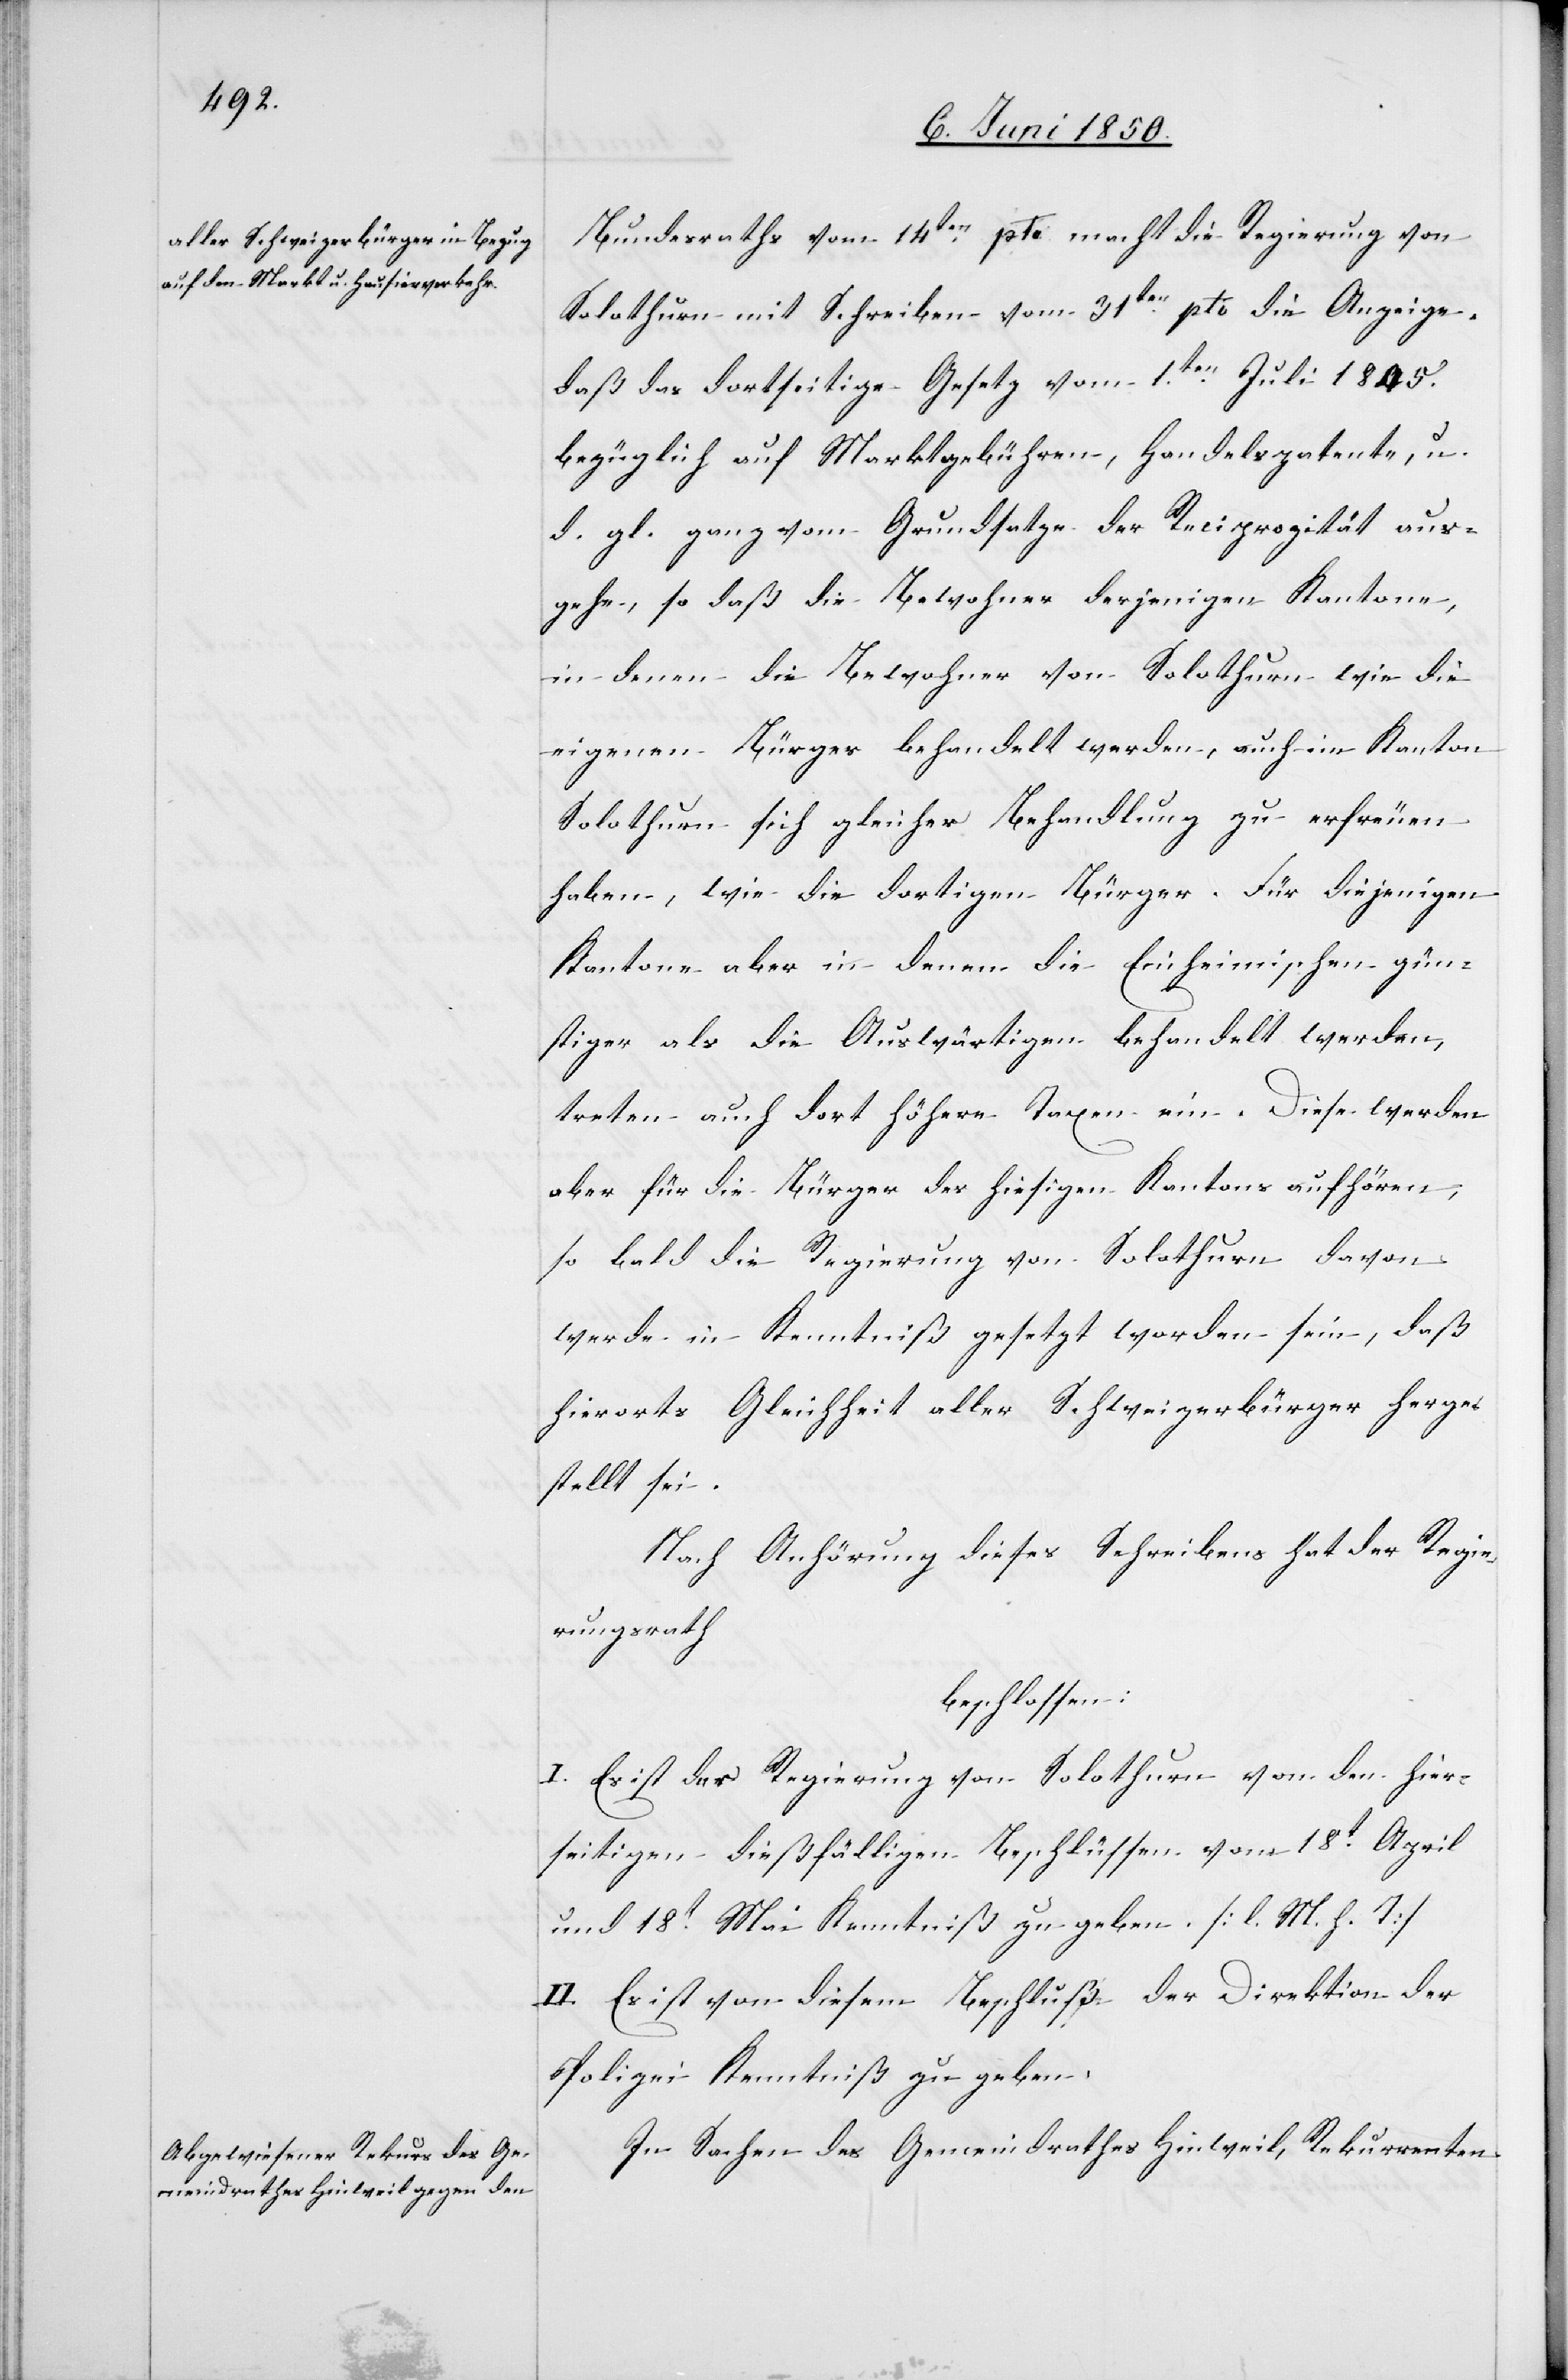
Bundesraths vom 14ten pto macht die Regierung von
Solothurn mit Schreiben vom 31ten pto die Anzeige,
daß das dortseitige Gesetz vom 1ten Juli 1845.
bezüglich auf Marktgebühren, Handelspatente, u.
d. gl. ganz vom Grundsatze der Reciprozität aus¬
gehe, so daß die Bewohner derjenigen Kantone,
in denen die Bewohner von Solothurn wie die
eigenen Bürger behandelt werden, auch im Kanton
Solothurn sich gleicher Behandlung zu erfreuen
haben, wie die dortigen Bürger. Für diejenigen
Kantone aber in denen die Einheimischen gün¬
stiger als die Auswärtigen behandelt werden,
treten auch dort höhere Taxen ein. Diese werden
aber für die Bürger des hiesigen Kantons aufhören;
so bald die Regierung von Solothurn davon
werde in Kenntniß gesetzt worden sein, daß
hierorts Gleichheit aller Schweizerbürger herge¬
stellt sei.
Nach Anhörung dieses Schreibens hat der Regie¬
rungsrath
beschlossen:
I. Es ist der Regierung von Solothurn von den hier¬
seitigen dießfälligen Beschlüssen vom 18t April
und 18t Mai Kenntniß zu geben. [l. M. h. T]
II. Es ist von diesem Beschluß der Direktion der
Polizei Kenntniß zu geben.
In Sachen des Gemeindrathes Hinweil, Rekurrenten